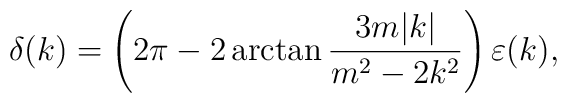
\delta(k) = \left(2\pi - 2 \arctan {3m|k|\over m^2 - 2 k^2}\right)\varepsilon(k),